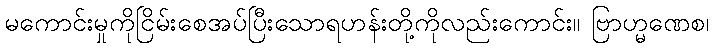
မကောင်းမှုကိုငြိမ်းစေအပ်ပြီးသောရဟန်းတို့ကိုလည်းကောင်း။ ဗြာဟ္မဏေစ၊